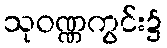
သုဝဏ္ဏကွင်း၌